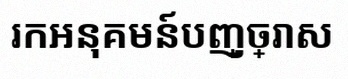
រកអនុគមន៍បញ្ច្រាស